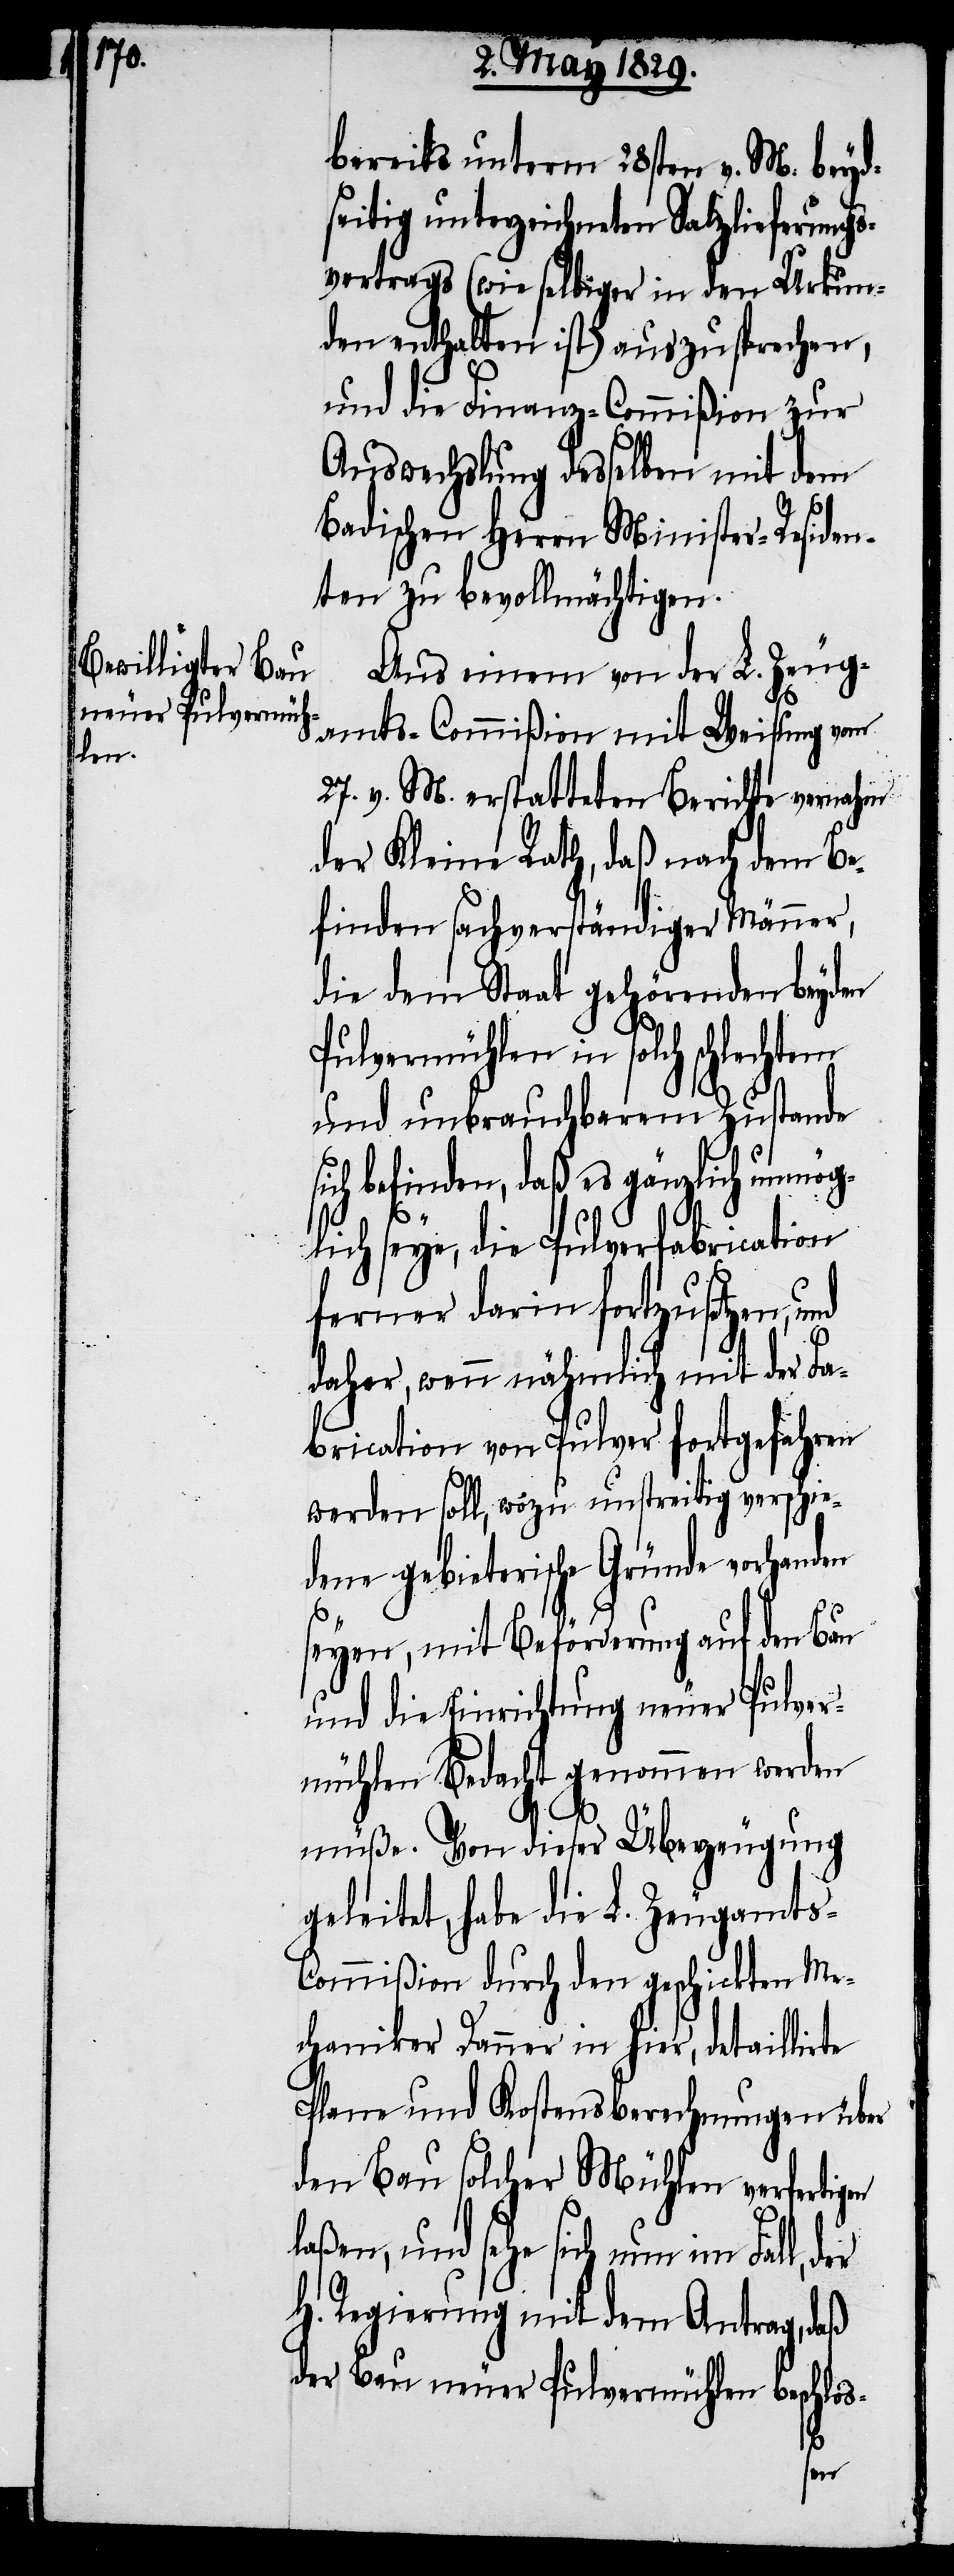
bereits unterm 28sten v. M. beyd¬
seitig unterzeichneten Salzlieferungs¬
vertrags (wie selbiger in den Urkun¬
den enthalten ist) auszusprechen,
und die Finanz-Commißion zur
Auswechslung desselben mit dem
Badischen Herrn Minister-Residen¬
ten zu bevollmächtigen.
Aus einem von der L. Zeug¬
amts-Commißion mit Weisung vom
27. v. M. erstatteten Berichte vernahm
der Kleine Rath, daß nach dem Be¬
finden sachverständiger Männer,
die dem Staat gehörenden beyden
Pulvermühlen in solch schlechtem
und unbrauchbarem Zustande
sich befinden, daß es gänzlich unmög¬
lich seye, die Pulverfabrication
ferner darin fortzusetzen,
daher, wenn nähmlich mit der Fa¬
brication von Pulver fortgefahren
werden soll, wozu unstreitig verschie¬
dene gebieterische Gründe vorhanden
seyen, mit Beförderung auf den Bau
und die Einrichtung neuer Pulver¬
mühlen Bedacht genommen werden
müße. Von dieser Überzeugung
geleitet, habe die L. Zeugamts-C¬
ommißion durch den geschickten Me¬
chaniker Danner in hier, detaillirte
Plane und Kostensberechnungen über
den Bau solcher Mühlen verfertigen
laßen, und sehe sich nun im Fall,
H. Regierung mit dem Antrag, daß
der Bau neuer Pulvermühlen beschlos-
der